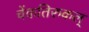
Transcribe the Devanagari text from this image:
चेंकतिरुकल्